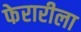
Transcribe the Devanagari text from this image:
फेरारीला